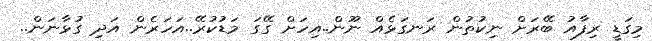
މިގަޑީ ރިފާއު ބޭރަށް ނިކުތުން ރަނގަޅެއް ނޫން..އިހަށް ގޭގަ މަޑުކުރޭ..އަހަރެން އަދި ގުޅާނަން..